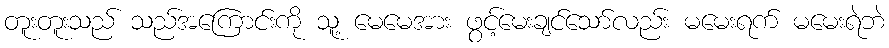
တူးတူးသည် သည်အကြောင်းကို သူ့ မေမေအား ဖွင့်မေးချင်သော်လည်း မမေးရက် မမေးရဲဘဲ